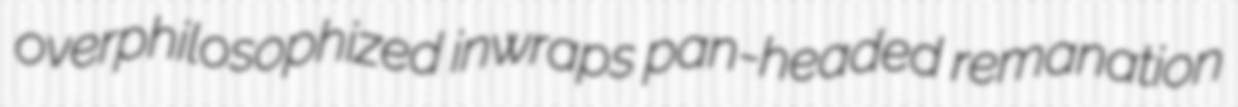
overphilosophized inwraps pan-headed remanation